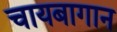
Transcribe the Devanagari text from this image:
चायबागान